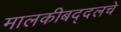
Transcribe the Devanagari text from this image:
मालकीबद्दलचे